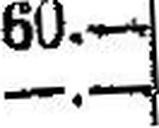
—.—